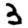
Digit: 3